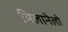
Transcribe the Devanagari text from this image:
मिलानेलो